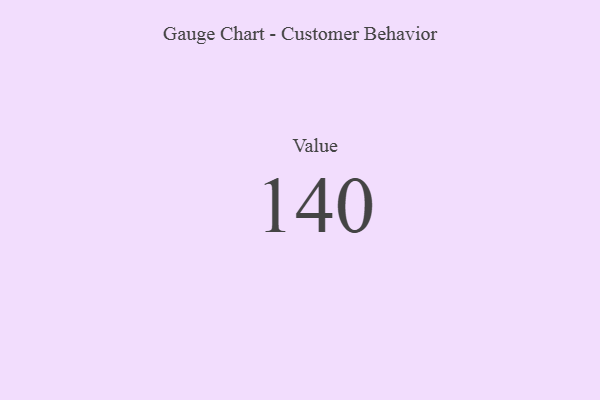
{"axis": {"x": "Metric", "y": "Value"}, "legend": [""], "data": [{"x": "Value", "y": 140, "type": ""}]}